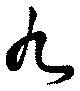
九